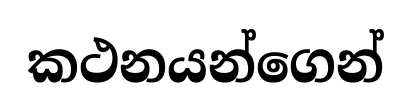
කථනයන්ගෙන්